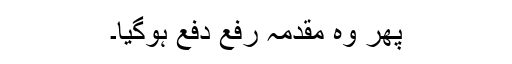
پھر وہ مقدمہ رفع دفع ہوگیا۔